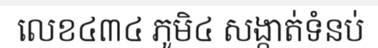
លេខ៤៣៤ ភូមិ៤ សង្កាត់ទំនប់